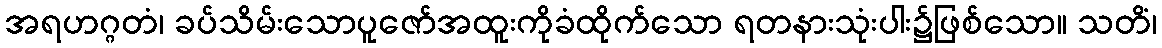
အရဟဂ္ဂတံ၊ ခပ်သိမ်းသောပူဇော်အထူးကိုခံထိုက်သော ရတနားသုံးပါး၌ဖြစ်သော။ သတိံ၊